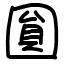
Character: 圎